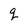
Character: q